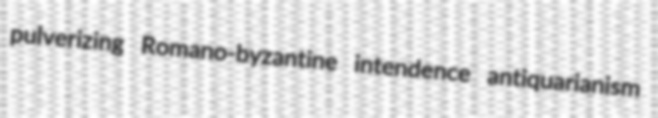
pulverizing Romano-byzantine intendence antiquarianism